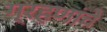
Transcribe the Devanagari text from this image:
ग्रहणांचे